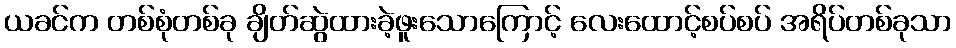
ယခင်က တစ်စုံတစ်ခု ချိတ်ဆွဲထားခဲ့ဖူးသောကြောင့် လေးထောင့်စပ်စပ် အရိပ်တစ်ခုသာ